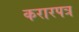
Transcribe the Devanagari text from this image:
करारपत्र